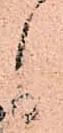
候